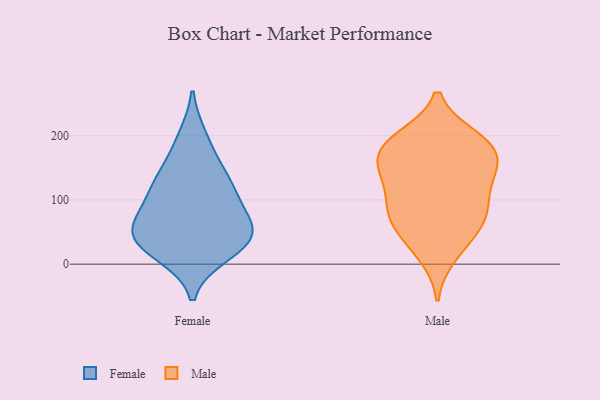
{"axis": {"x": "Production Output", "y": "Value"}, "legend": ["Female", "Male"], "data": [{"x": "", "y": 105, "type": "Female"}, {"x": "", "y": 77, "type": "Female"}, {"x": "", "y": 198, "type": "Female"}, {"x": "", "y": 47, "type": "Female"}, {"x": "", "y": 156, "type": "Female"}, {"x": "", "y": 116, "type": "Female"}, {"x": "", "y": 51, "type": "Female"}, {"x": "", "y": 15, "type": "Female"}, {"x": "", "y": 48, "type": "Female"}, {"x": "", "y": 48, "type": "Female"}, {"x": "", "y": 22, "type": "Female"}, {"x": "", "y": 127, "type": "Female"}, {"x": "", "y": 138, "type": "Male"}, {"x": "", "y": 161, "type": "Male"}, {"x": "", "y": 77, "type": "Male"}, {"x": "", "y": 14, "type": "Male"}, {"x": "", "y": 188, "type": "Male"}, {"x": "", "y": 167, "type": "Male"}, {"x": "", "y": 75, "type": "Male"}, {"x": "", "y": 197, "type": "Male"}, {"x": "", "y": 129, "type": "Male"}, {"x": "", "y": 183, "type": "Male"}, {"x": "", "y": 34, "type": "Male"}, {"x": "", "y": 159, "type": "Male"}, {"x": "", "y": 122, "type": "Male"}, {"x": "", "y": 96, "type": "Male"}, {"x": "", "y": 72, "type": "Male"}, {"x": "", "y": 61, "type": "Male"}, {"x": "", "y": 196, "type": "Male"}]}